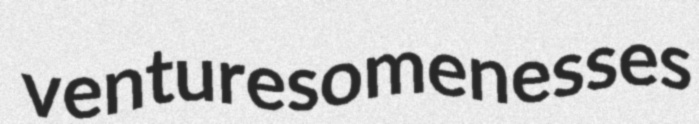
venturesomenesses